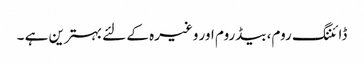
ڈائننگ روم، بیڈروم اور وغیرہ کے لئے بہترین ہے ۔